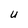
Character: U